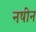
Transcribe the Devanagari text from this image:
नषीन